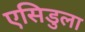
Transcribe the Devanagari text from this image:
एसिडुला